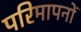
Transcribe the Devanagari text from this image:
परिमापनों